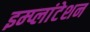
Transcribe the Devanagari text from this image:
इम्प्लांटेशन